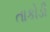
તાકોડી